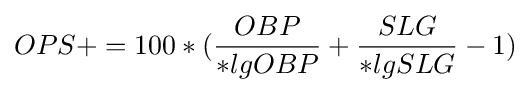
OPS+=100*({\frac {OBP}{*lgOBP}}+{\frac {SLG}{*lgSLG}}-1)